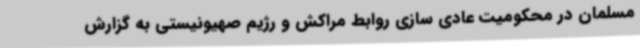
مسلمان در محکومیت عادی سازی روابط مراکش و رژیم صهیونیستی به گزارش